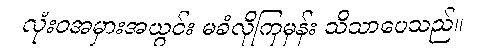
လုံးဝအမှားအယွင်း မခံလိုကြမှန်း သိသာပေသည်။